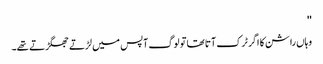
''
وہاں راشن کا اگر ٹرک آتا تھا تو لوگ آپس میں لڑتے جھگڑتے تھے۔